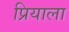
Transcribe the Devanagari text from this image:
प्रियाला